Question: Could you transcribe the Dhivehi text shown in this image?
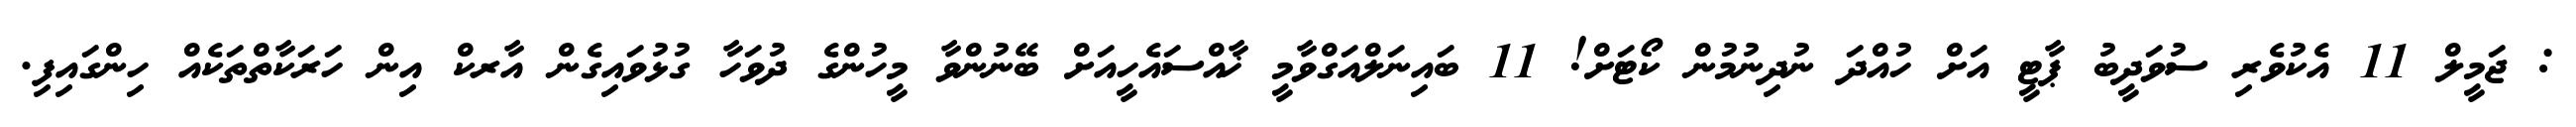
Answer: : ޖަމީލް 11 އެކުވެރި ސުވަދީބު ޕާޓީ އަށް ހުއްދަ ނުދިނުމުން ކޯޓަށް! 11 ބައިނަލްއަގްވާމީ ޚާއްސައެހީއަށް ބޭނުންވާ މީހުންގެ ދުވަހާ ގުޅުވައިގެން އާރކް އިން ހަރަކާތްތަކެއް ހިންގައިފި.